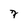
Character: 7